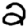
Digit: 2